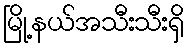
မြို့နယ်အသီးသီးရှိ